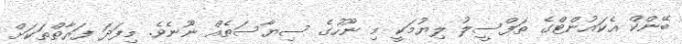
ބޭންކް އެކައުންޓްގެ ތަފްސީލު ލިޔުމަކީ މި ނޫހުގެ ސިޔާސަތެއް ނޫނެވެ. މިފަދަ ފަރާތްތަކަށް